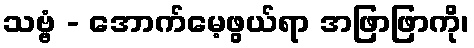
သဗ္ဗံ - အောက်မေ့ဖွယ်ရာ အဖြာဖြာကို၊